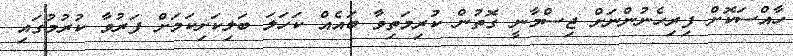
ހާއްސަކޮށް ފިރިހެނުންނަށް ޖިސްމާނީ ގޮތުން ކުރިމަތިވާ ބައެއް ކަހަލަ ބަލިކަށިކަމަށް ފަރުވާ ކުރުމުގައި